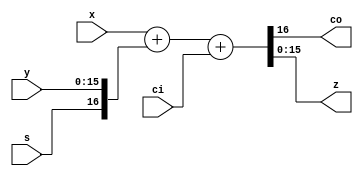
module zet_fulladd16 (
    input  [15:0] x,
    input  [15:0] y,
    input         ci,
    output        co,
    output [15:0] z,
    input         s
  );

  // Continuous assignments
  assign {co,z} = {1'b0, x} + {s, y} + ci;
endmodule